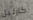
كارليل